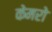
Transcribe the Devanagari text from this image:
केमरो